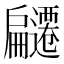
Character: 𭠌